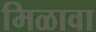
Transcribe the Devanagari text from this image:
मिळावा